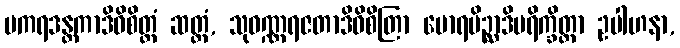
မကရဒန္တကာဒိဝိစိတ္တံ ဆတ္တံ, သုဝဏ္ဏရဇတာဒိဝိစိတြာ မောရပိဉ္ဆာဒိပရိက္ခိတ္တာ ဥပါဟနာ,